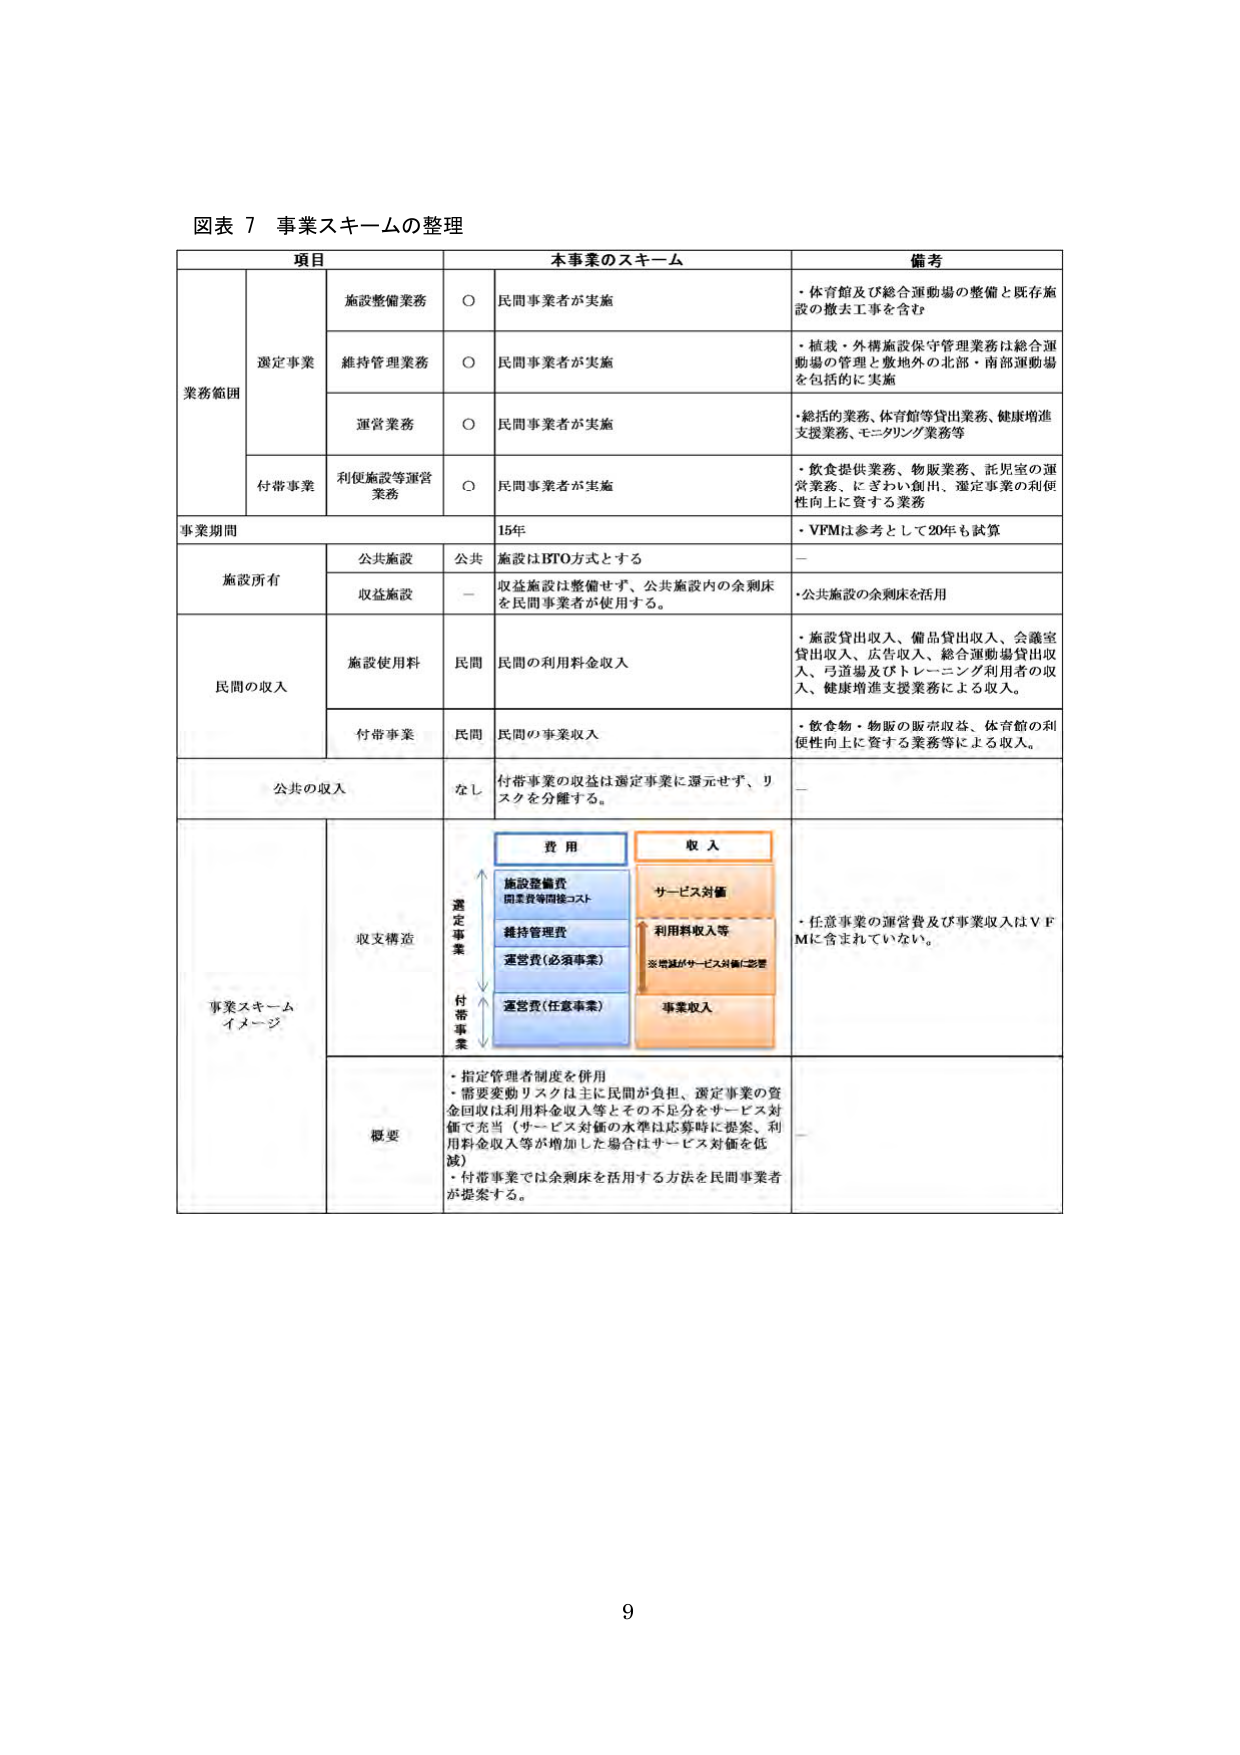
図表 7 事業スキームの整理

項目 本事業のスキーム 備考

業務範囲 選定事業 施設整備業務 ○ 民間事業者が実施 ・体育館及び総合運動場の整備と既存施設の撤去工事を含む
維持管理業務 ○ 民間事業者が実施 ・植栽・外構施設保守管理業務は総合運動場の管理と敷地外の北部・南部運動場を包括的に実施
運営業務 ○ 民間事業者が実施 ・総括的業務、体育館等貸出業務、健康増進支援業務、モニタリング業務等
付帯事業 利便施設等運営業務 ○ 民間事業者が実施 ・飲食提供業務、物販業務、託児室の運営業務、にぎわい創出、選定事業の利便性向上に資する業務

事業期間 15年 ・VFMは参考として20年も試算

施設所有 公共施設 公共 施設はBTO方式とする －
収益施設 － 収益施設は整備せず、公共施設内の余剰床を民間事業者が使用する。 ・公共施設の余剰床を活用

民間の収入 施設使用料 民間 民間の利用料金収入 ・施設貸出収入、備品貸出収入、会議室貸出収入、広告収入、総合運動場貸出収入、弓道場及びトレーニング利用者の収入、健康増進支援業務による収入。
付帯事業 民間 民間の事業収入 ・飲食物・物販の販売収益、体育館の利便性向上に資する業務等による収入。

公共の収入 なし 付帯事業の収益は選定事業に還元せず、リスクを分離する。 －

事業スキームイメージ 収支構造 費用 収入
選定事業 付帯事業
施設整備費 固定費等間接コスト
維持管理費
運営費（必須事業）
運営費（任意事業）
サービス対価
利用料収入等
※増減がサービス対価に影響
事業収入
・任意事業の運営費及び事業収入はVFMに含まれていない。

概要 ・指定管理者制度を併用
・需要変動リスクは主に民間が負担、選定事業の資金回収は利用料金収入等とその不足分をサービス対価で充当（サービス対価の水準は応募時に提案、利用料金収入等が増加した場合はサービス対価を低減）
・付帯事業では余剰床を活用する方法を民間事業者が提案する。

9